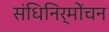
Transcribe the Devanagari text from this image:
संधिनिर्मोंचन